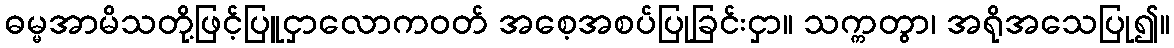
ဓမ္မအာမိသတို့ဖြင့်ပြူငှာလောကဝတ် အစေ့အစပ်ပြုခြင်းငှာ။ သက္ကတွာ၊ အရိုအသေပြု၍။